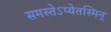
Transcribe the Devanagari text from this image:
समस्तेऽप्येतस्मिन्